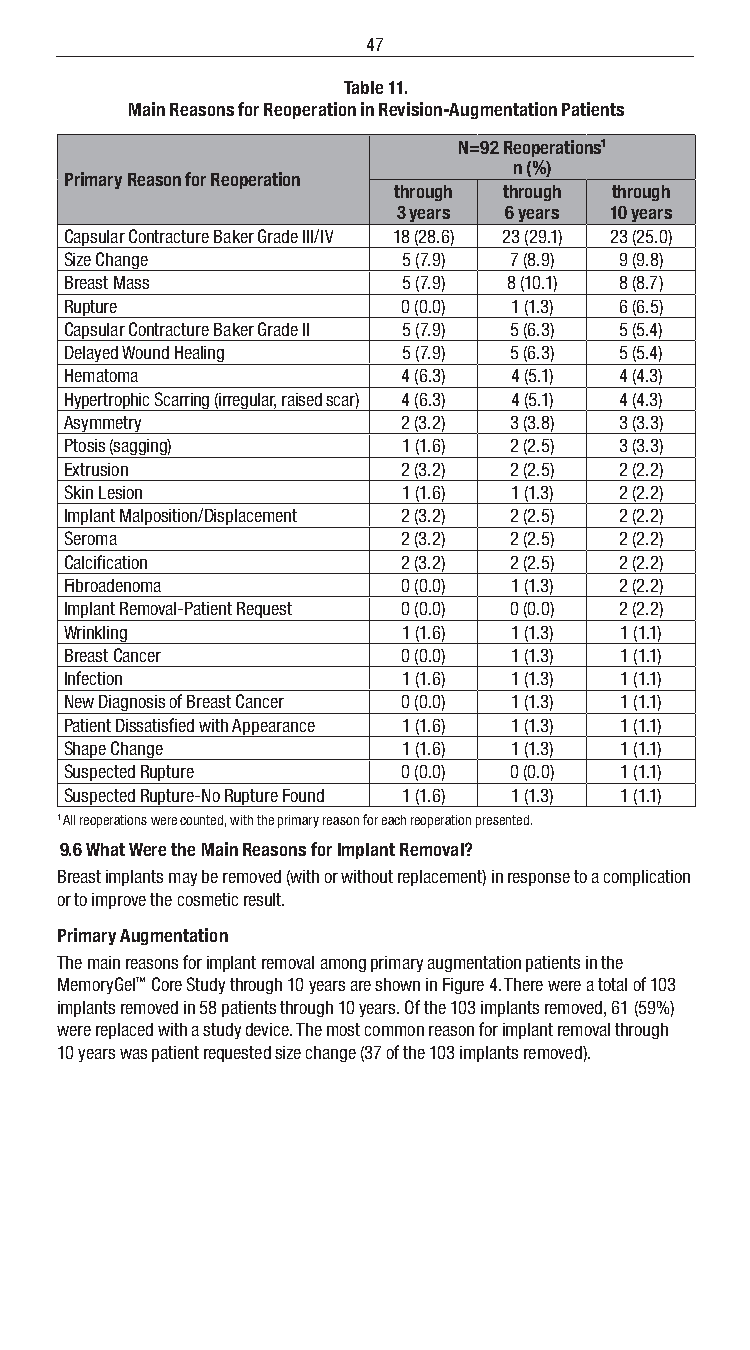
47
 Table 11.
 Main Reasons for Reoperation in Revision-Augmentation Patients
 N=92 Reoperations1
 n (%)
 Primary Reason for Reoperation
 through through through
 3 years 6 years 10 years
 Capsular Contracture Baker Grade III/IV 18 (28.6) 23 (29.1) 23 (25.0)
 Size Change            5 (7.9) 7 (8.9) 9 (9.8)
 Breast Mass            5 (7.9) 8 (10.1) 8 (8.7)
 Rupture                0 (0.0) 1 (1.3) 6 (6.5)
 Capsular Contracture Baker Grade II 5 (7.9) 5 (6.3) 5 (5.4)
 Delayed Wound Healing  5 (7.9) 5 (6.3) 5 (5.4)
 Hematoma               4 (6.3) 4 (5.1) 4 (4.3)
 Hypertrophic Scarring (irregular, raised scar) 4 (6.3) 4 (5.1) 4 (4.3)
 Asymmetry              2 (3.2) 3 (3.8) 3 (3.3)
 Ptosis (sagging)       1 (1.6) 2 (2.5) 3 (3.3)
 Extrusion              2 (3.2) 2 (2.5) 2 (2.2)
 Skin Lesion            1 (1.6) 1 (1.3) 2 (2.2)
 Implant Malposition/Displacement 2 (3.2) 2 (2.5) 2 (2.2)
 Seroma                 2 (3.2) 2 (2.5) 2 (2.2)
 Calcification          2 (3.2) 2 (2.5) 2 (2.2)
 Fibroadenoma           0 (0.0) 1 (1.3) 2 (2.2)
 Implant Removal-Patient Request 0 (0.0) 0 (0.0) 2 (2.2)
 Wrinkling              1 (1.6) 1 (1.3) 1 (1.1)
 Breast Cancer          0 (0.0) 1 (1.3) 1 (1.1)
 Infection              1 (1.6) 1 (1.3) 1 (1.1)
 New Diagnosis of Breast Cancer 0 (0.0) 1 (1.3) 1 (1.1)
 Patient Dissatisfied with Appearance 1 (1.6) 1 (1.3) 1 (1.1)
 Shape Change           1 (1.6) 1 (1.3) 1 (1.1)
 Suspected Rupture      0 (0.0) 0 (0.0) 1 (1.1)
 Suspected Rupture-No Rupture Found 1 (1.6) 1 (1.3) 1 (1.1)
 1 All reoperations were counted, with the primary reason for each reoperation presented.
 9.6 What Were the Main Reasons for Implant Removal?
 Breast implants may be removed (with or without replacement) in response to a complication
 or to improve the cosmetic result.
 Primary Augmentation
 The main reasons for implant removal among primary augmentation patients in the
 MemoryGel™ Core Study through 10 years are shown in Figure 4. There were a total of 103
 implants removed in 58 patients through 10 years. Of the 103 implants removed, 61 (59%)
 were replaced with a study device. The most common reason for implant removal through
 10 years was patient requested size change (37 of the 103 implants removed).